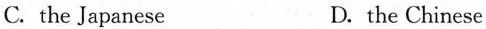
C. the Japanese D. the Chinese